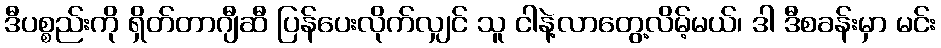
ဒီပစ္စည်းကို ရှိတ်တာဂျီဆီ ပြန်ပေးလိုက်လျှင် သူ ငါနဲ့လာတွေ့လိမ့်မယ်၊ ဒါ ဒီစခန်းမှာ မင်း